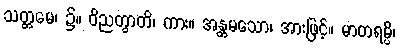
သတ္တမေ၊ ၌။ ဝိညတွာတိ၊ ကား။ အန္တမသော၊ အားဖြင့်။ မာတရမ္ပိ၊